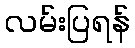
လမ်းပြရန်